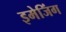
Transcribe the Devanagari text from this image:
इमेजिंग